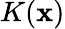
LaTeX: K(\mathbf{x})